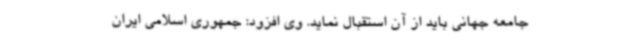
جامعه جهانی باید از آن استقبال نماید. وی افزود: جمهوری اسلامی ایران